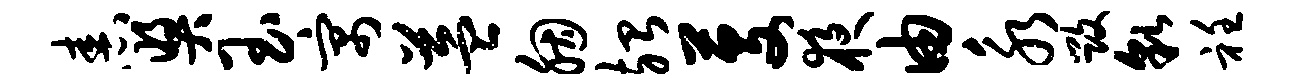
舂奖玉寓益胭殆芟夜由永毁貌衽